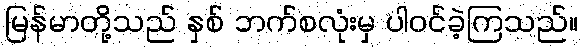
မြန်မာတို့သည် နှစ် ဘက်စလုံးမှ ပါဝင်ခဲ့ကြသည်။